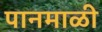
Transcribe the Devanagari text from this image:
पानमाळी